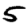
Digit: 5